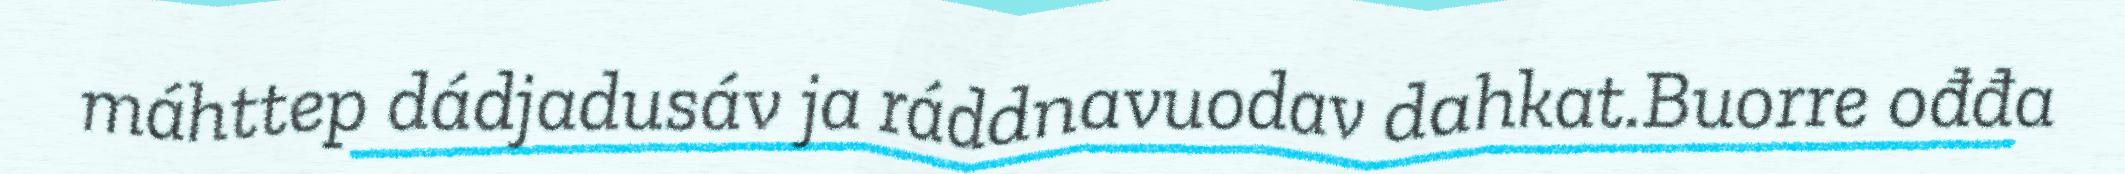
máhttep dádjadusáv ja ráddnavuodav dahkat.Buorre ođđa